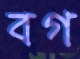
বগ